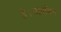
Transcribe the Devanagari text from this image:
है।बायबिल